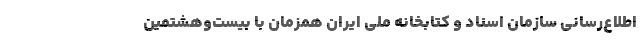
اطلاع‌رسانی سازمان اسناد و کتابخانه ملی ایران همزمان با بیست‌وهشتمین